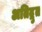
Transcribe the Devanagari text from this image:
अतिद्रुत